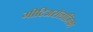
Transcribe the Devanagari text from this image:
मीटिअरोलॉजिका